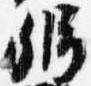
弁